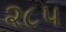
૨૮૫